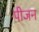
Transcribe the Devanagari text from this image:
पीजन